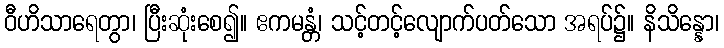
ဝီဟိသာရေတွာ၊ ပြီးဆုံးစေ၍။ ဧကမန္တံ၊ သင့်တင့်လျောက်ပတ်သော အရပ်၌။ နိသိန္နော၊